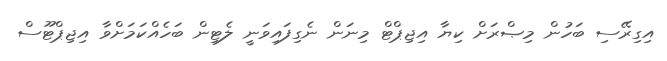
އިގިރޭސި ބަހުން މިޞްރަށް ކިޔާ އިޖިޕްޓް މިނަން ނެގިފައިވަނީ ލެޓިން ބަހެއްކަމަށްވާ އިޖިޕްޓޫސް